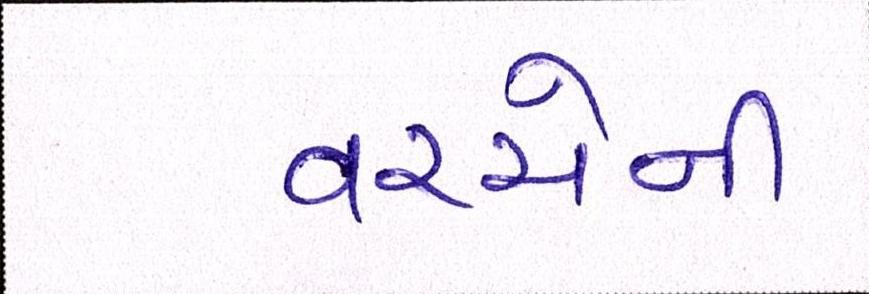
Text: વચ્ચેની